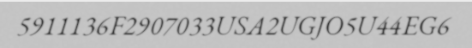
5911136F2907033USA2UGJO5U44EG6